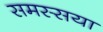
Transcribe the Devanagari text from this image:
समस्सया